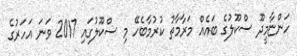
ހަންޏާމީދޫ ސްކޫލުގެ ބައެއް މަރާމާތު ކުރުމާބެހޭ މި ސްކޫލުގައި 2017 ވަނަ އަހަރުގެ